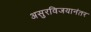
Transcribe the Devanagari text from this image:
असुरविजयानंतर